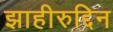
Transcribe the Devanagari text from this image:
झाहीरुद्दिन